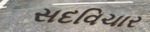
સદવિચાર